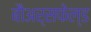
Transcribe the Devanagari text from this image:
बौअर्सफेल्ड